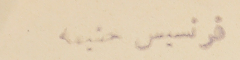
- فرنسيس حشيمه